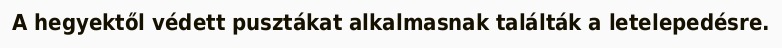
A hegyektől védett pusztákat alkalmasnak találták a letelepedésre.